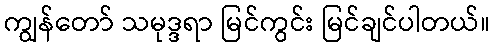
ကျွန်တော် သမုဒ္ဒရာ မြင်ကွင်း မြင်ချင်ပါတယ်။